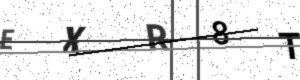
Text: EXR8T